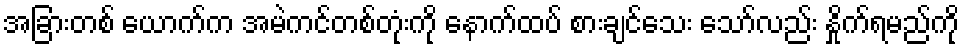
အခြားတစ် ယောက်က အမဲကင်တစ်တုံးကို နောက်ထပ် စားချင်သေး သော်လည်း နှိုက်ရမည်ကို